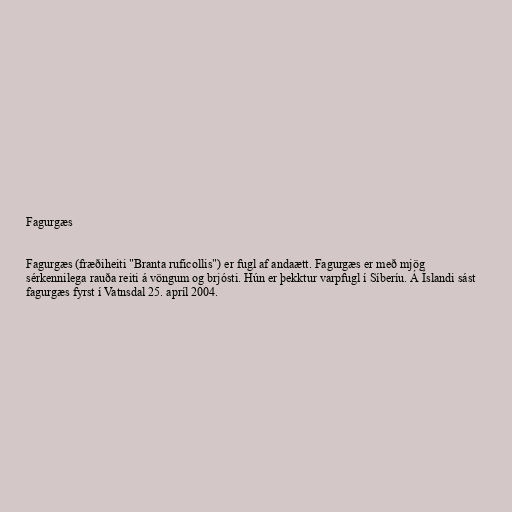
Fagurgæs

Fagurgæs (fræðiheiti "Branta ruficollis") er fugl af andaætt. Fagurgæs er með mjög
sérkennilega rauða reiti á vöngum og brjósti. Hún er þekktur varpfugl í Síberíu. Á Íslandi sást
fagurgæs fyrst í Vatnsdal 25. apríl 2004.